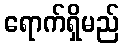
ရောက်ရှိမည်